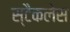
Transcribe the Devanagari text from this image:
स्टैकलेस